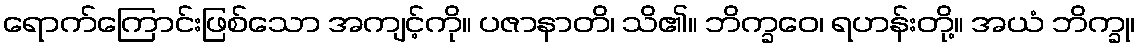
ရောက်ကြောင်းဖြစ်သော အကျင့်ကို။ ပဇာနာတိ၊ သိ၏။ ဘိက္ခဝေ၊ ရဟန်းတို့။ အယံ ဘိက္ခု၊